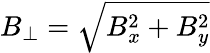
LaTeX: B_{\perp}=\sqrt{B_{x}^{2}+B_{y}^{2}}